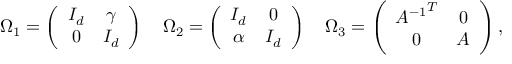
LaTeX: \Omega _ { 1 } = \left( \begin{array} { c c } { { I _ { d } } } & { { \gamma } } \\ { { 0 } } & { { I _ { d } } } \end{array} \right) \quad \Omega _ { 2 } = \left( \begin{array} { c c } { { I _ { d } } } & { { 0 } } \\ { { \alpha } } & { { I _ { d } } } \end{array} \right) \quad \Omega _ { 3 } = \left( \begin{array} { c c } { { { A ^ { - 1 } } ^ { T } } } & { { 0 } } \\ { { 0 } } & { { A } } \end{array} \right) ,